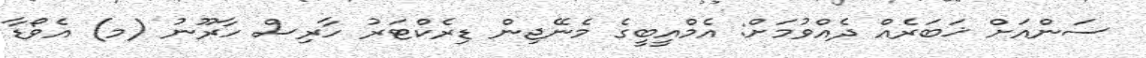
ސަންއަށް ޚަބަރެއް ދެއްވުމަށް: އެމްއީބީގެ މެނޭޖިން ޑިރެކްޓަރު ހާރިސް ހާރޫނު (މ) އެވޯޑާ